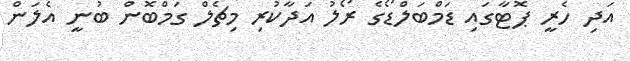
އަދި ހެރީ ޕޮޓާގައި ޑަމްބަލްޑޯގެ ރޯލު އަދާކުރި މިޗެލް ގަމްބޮން ބުނީ އެލަން